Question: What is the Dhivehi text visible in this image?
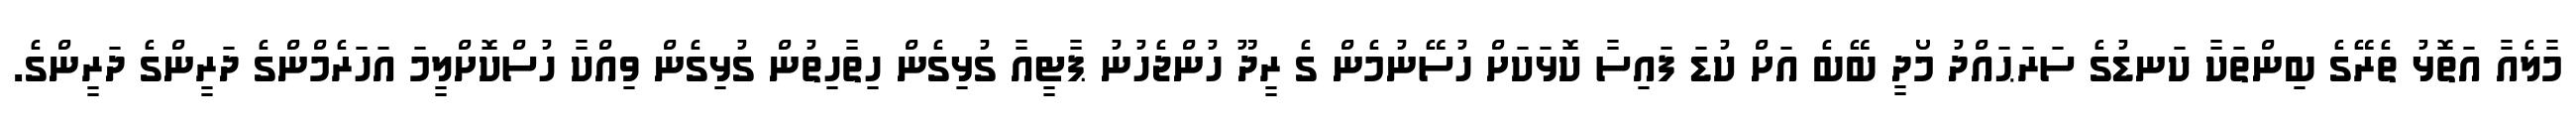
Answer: މާލެއާ އަތޮޅު ތެރޭގެ ބިންތަކާ ކަނޑުގެ ސަރަޙައްދު މޯދީ ބޭބެ އަށް ކުޑަ ފައިސާ ކޮޅަކަށް ހުސޭނުމެން ގެ ރީދޫ ހުންޖެހުނު ޕާޓީއާ ގުޅިގެން ހިތާހިތުން ގުޅިގެން ވިއްކާ ހުސްކޮށްލީމަ އަހަރެމްންގެ ދަރީންގެ ދަރީންގެ.